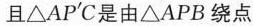
且△AP'C是由△APB绕点